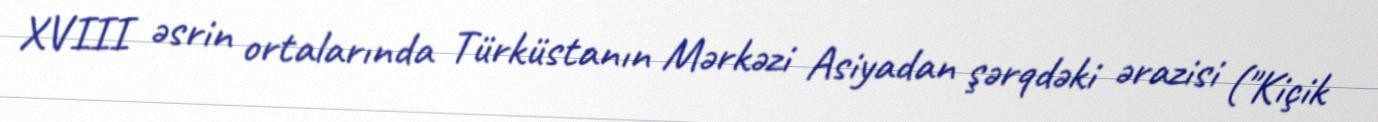
XVIII əsrin ortalarında Türküstanın Mərkəzi Asiyadan şərqdəki ərazisi ("Kiçik